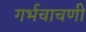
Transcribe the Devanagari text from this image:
गर्भचाचणी